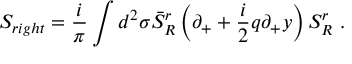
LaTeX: S _ { r i g h t } = \frac i \pi \int d ^ { 2 } \sigma \bar { S } _ { R } ^ { r } \left( \partial _ { + } + \frac i 2 q \partial _ { + } y \right) S _ { R } ^ { r } \ .